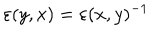
LaTeX: \varepsilon ( y , x ) = \varepsilon ( x , y ) ^ { - 1 }